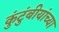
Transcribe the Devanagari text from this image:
कुंटुंबीयांच्या